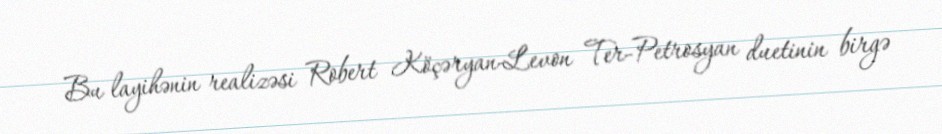
Bu layihənin realizəsi Robert Köçəryan-Levon Ter-Petrosyan duetinin birgə